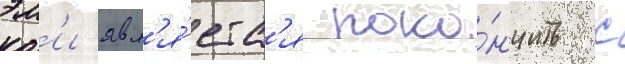
эм'и явл'я́етс'я поко́нчить с